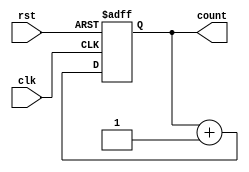
module async_counter(clk,rst,count);
input clk,rst;
output reg [31:0]count;
always @(posedge clk or posedge rst)
begin
	if(rst)
		count = 32'b0;
	else
		count = count+1;
end
endmodule